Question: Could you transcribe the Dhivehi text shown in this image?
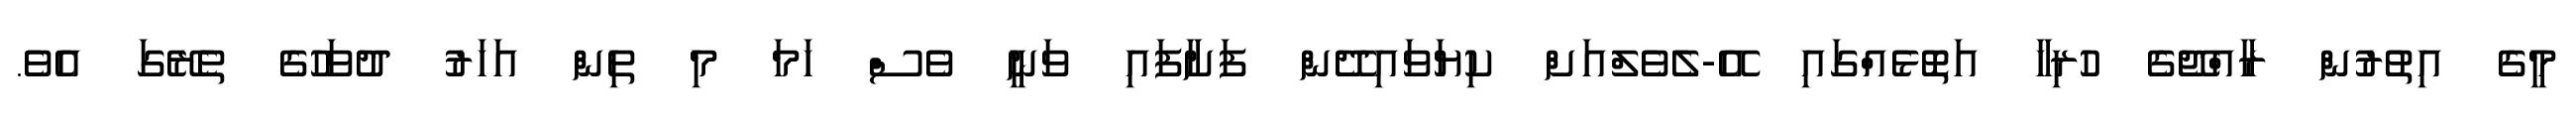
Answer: މީގެ އިތުރުން ރާއްޖޭގެ ހުރިހާ އަތޮޅެއްގައި އޭ-ލެވެލްއަށް ކިޔަވައިދޭން ފަށާފައި ވަނީ ވެސް ހަމަ މި ތިން އަހަރު ދުވަހުގެ ތެރޭގަ އެވެ.